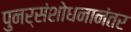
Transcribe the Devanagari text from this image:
पुनर्संशोधनानंतर